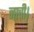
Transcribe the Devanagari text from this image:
नाची।